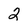
Character: 2